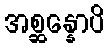
အစ္ဆန္နောပိ